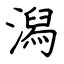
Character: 潟